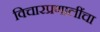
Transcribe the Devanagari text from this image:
विचारप्रणालींचा